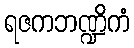
ရဇကဘဏ္ဍိကံ